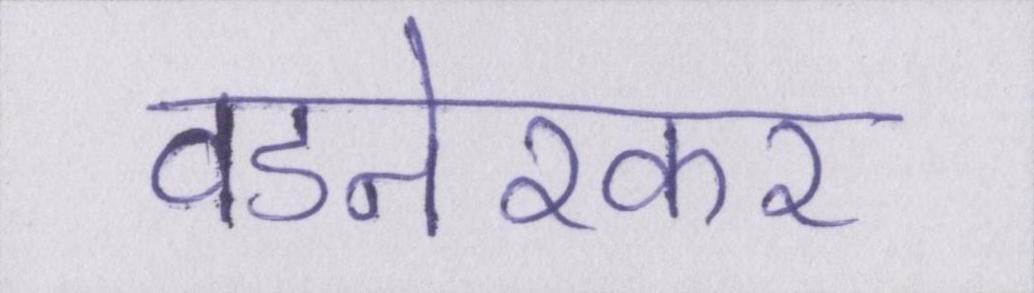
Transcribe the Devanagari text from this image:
वडनेरकर